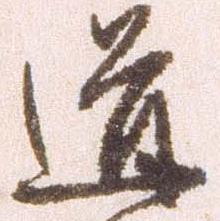
道